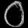
Digit: ၀